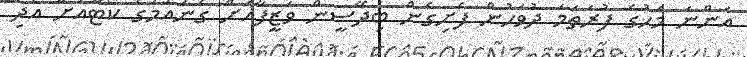
އަންނަ މަހުގެ ފުރަތަމަ ދުވަހުން ފެށިގެން ބިދޭސީން ވަޒީފާއަށް ގެނައުމުގެ ކޯޓާއަށް އެދި